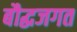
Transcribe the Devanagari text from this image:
बौद्धजगत